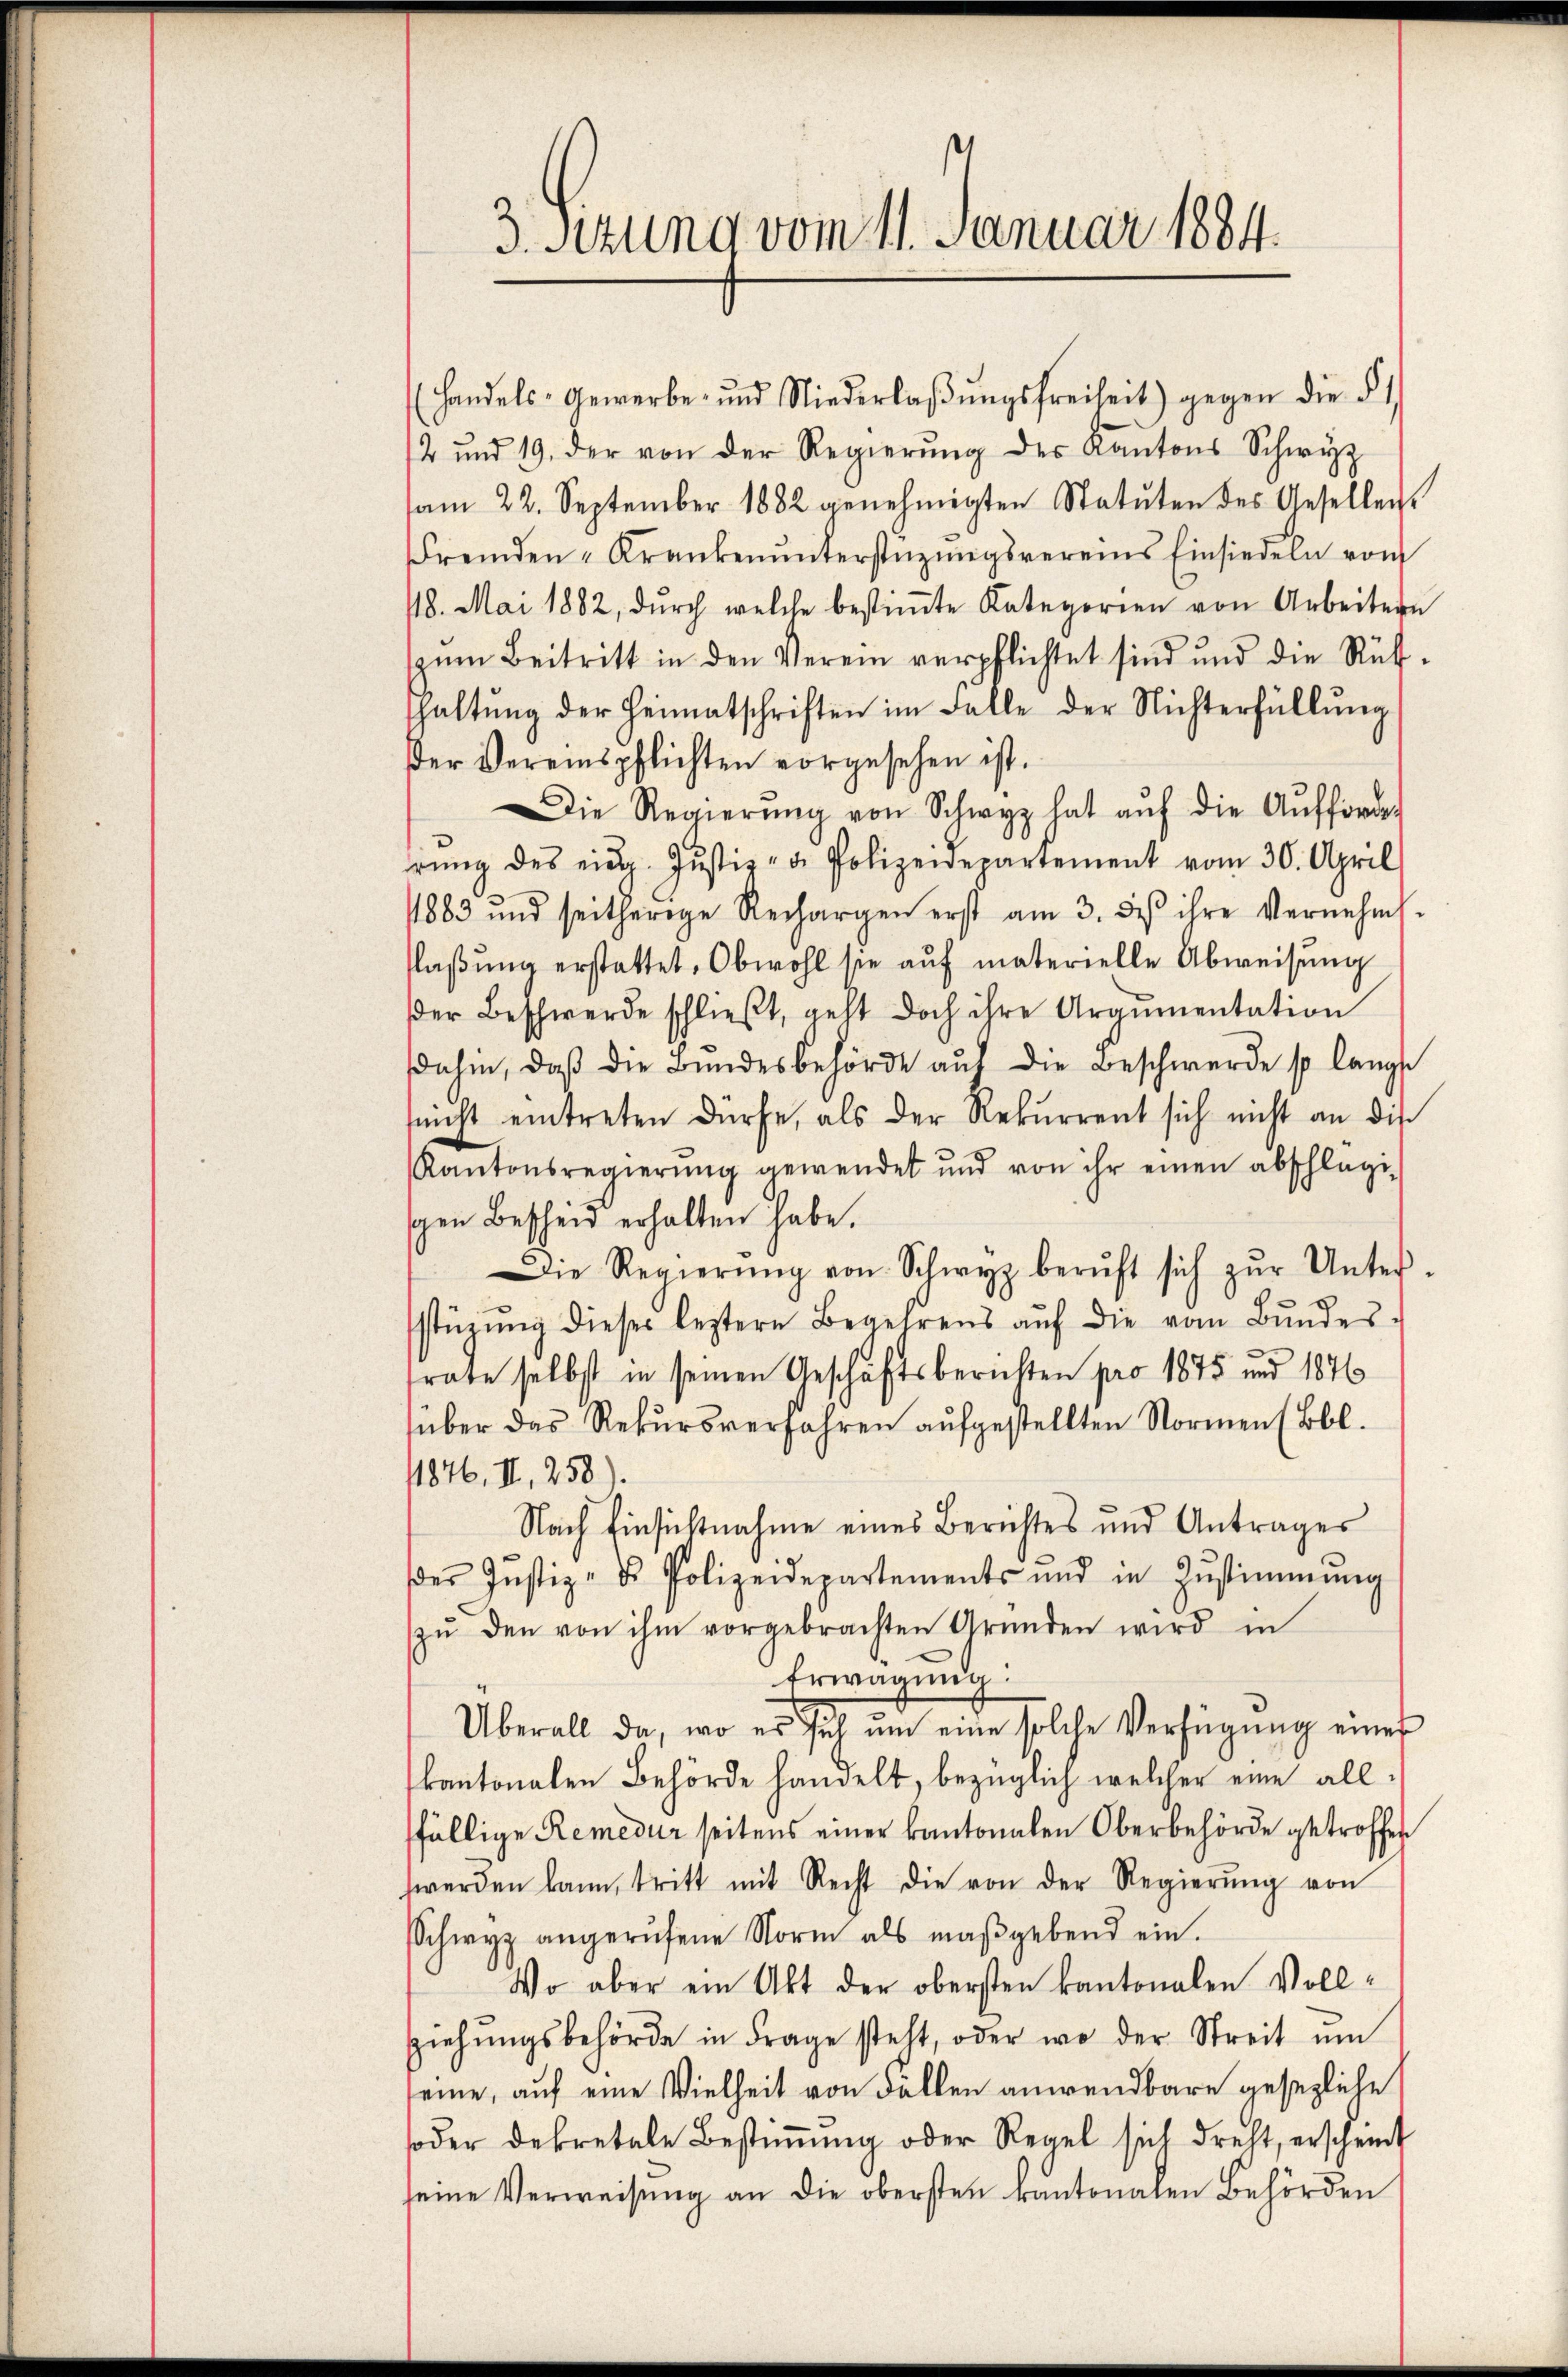
3. Sitzung vom 11. Januar 1884.

(handels- Gewerbe- und Niederlaβŭngsfreiheit) gegen die § 1.
2 und 19. der von der Regierŭng des Kantons Schwyz
am 22. September 1882 genehmigten Statuten des Gesellens
Fremden-Krankenŭnterstüzungsvereins Einsiedeln von
18. Mai 1882, dŭrch welche bestiṁte Kategorien von Arbeitern
zŭm Beitritt in den Verein verpflichtet sind und die Rüf-
thaltŭng der Heimatschriften im Falle der Nichterfüllŭng
der Vereinspflichten vorgesehen ist.
ie Regierŭng von Schwyz hat aŭf die Aŭfforder
rŭng des eidg. Jŭstiz- & Polizeidepartement vom 30. April
1883 und seitherige Rechargen erst am 3. des ihre Vernehml
flaßung erstattet, Obwohl sie auf materielle Abweisung
der Beschwerde schlieβt, geht doch ihre Argumentation
dahin, daβ die Bŭndesbehörde aŭf die Beschwerde so langt
snicht eintreten dürfe, als der Rekurrent sich nicht an die
Kantonsregierŭng gewendet und von ihr einen abschlags-
schen Bescheid erhalten habe.
Die Regierŭng von Schwyz beruft sich zŭr Unter-
stüzung dieser leztere Begehrens aŭf die vom Bŭndes-
trate selbst in seinen Geschäftsberichten pro 1875 und 1876
über das Rekursverfahren aufgestellten Normen (Bbl.
1876, II, 258).
Nach Einsichtnahme eines Berichtes und Antrages
der Justiz- & Polizeidepartements und in Zŭstimmung
zŭ den von ihm vorgebrachten Gründen wird in
Erwägung:
Überall da, wo es sich ŭm eine solche Verfügŭng einer
kantonalen Behörde handelt, bezüglich welcher eine allffällige Remedur seitens einer kantonalen Oberbehörde getroffen
werden kann, tritt mit Recht die von der Regierŭng von
Schwyz angerufene Norm als maßgebend ein.
Wo aber ein Akt der obersten kantonalen Voll¬
Ziehŭngsbehörde in Frage steht, oder wo der Streit ŭm
eine, auf eine Vielheit von Fällen anwendbare gesezliche
soder dekretale Bestiṁŭng oder Regel sich dreht, erscheint
seine Verweisung an die obersten kantonalen Behörden